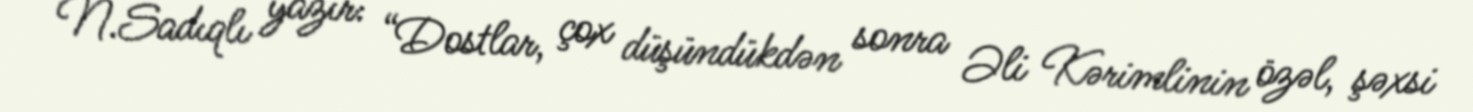
N.Sadıqlı yazır: “Dostlar, çox düşündükdən sonra Əli Kərimlinin özəl, şəxsi